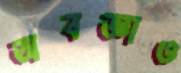
অবজ্ঞাও